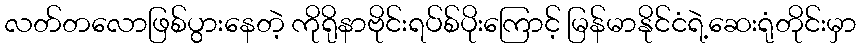
လတ်တလောဖြစ်ပွားနေတဲ့ ကိုရိုနာဗိုင်းရပ်စ်ပိုးကြောင့် မြန်မာနိုင်ငံရဲ့ဆေးရုံတိုင်းမှာ